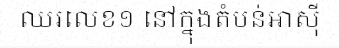
ឈរលេខ១ នៅក្នុងតំបន់អាស៊ី